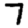
Digit: 7